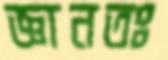
জ্ঞানতঃ